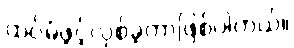
ထပ်မံဖွင့်လှစ်ခဲ့တာဖြစ်ပါတယ်။